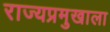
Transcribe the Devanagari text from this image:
राज्यप्रमुखाला